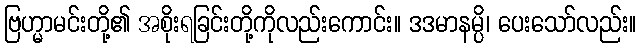
ဗြဟ္မာမင်းတို့၏ အစိုးရခြင်းတို့ကိုလည်းကောင်း။ ဒဒမာနမ္ပိ၊ ပေးသော်လည်း။